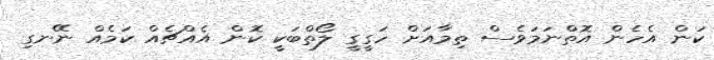
ކަން އެހެން އޮތްނަމަވެސް ތިމާއަށް ހަގީގީ ލޯތްބަކީ ކޮން އެއްޗެއް ކަމެއް ނޭނގި